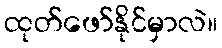
ထုတ်ဖော်နိုင်မှာလဲ။